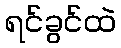
ရင်ခွင်ထဲ